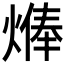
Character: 𱫷